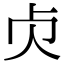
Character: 𠧖